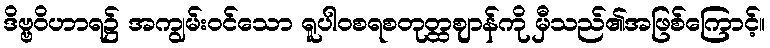
ဒိဗ္ဗဝိဟာရ၌ အကျွမ်းဝင်သော ရူပါဝစရစတုတ္ထဈာန်ကို မှီသည်၏အဖြစ်ကြောင့်။